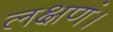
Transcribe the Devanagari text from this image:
लक्षणं।